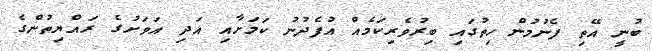
ބުނީ އޭތި ފެނުމުން ހިތުގައި ބިރުވެރިކަމެއް އުފެދުނު ކަމަށާއި އަދި އަވަށުގެ ރައްޔިތުންގެ